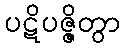
ပဋိပဇ္ဇိတွာ